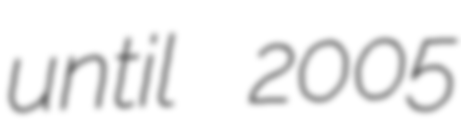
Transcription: until 2005